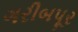
ગરીબપૂર